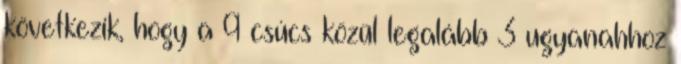
következik, hogy a 9 csúcs közül legalább 3 ugyanahhoz